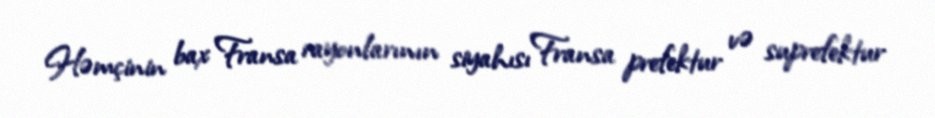
Həmçinin bax Fransa rayonlarının siyahısı Fransa prefektur və suprefektur